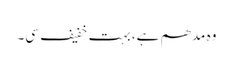
وہ مدھم ہے، بہت خفیف سی۔